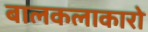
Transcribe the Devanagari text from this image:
बालकलाकारो